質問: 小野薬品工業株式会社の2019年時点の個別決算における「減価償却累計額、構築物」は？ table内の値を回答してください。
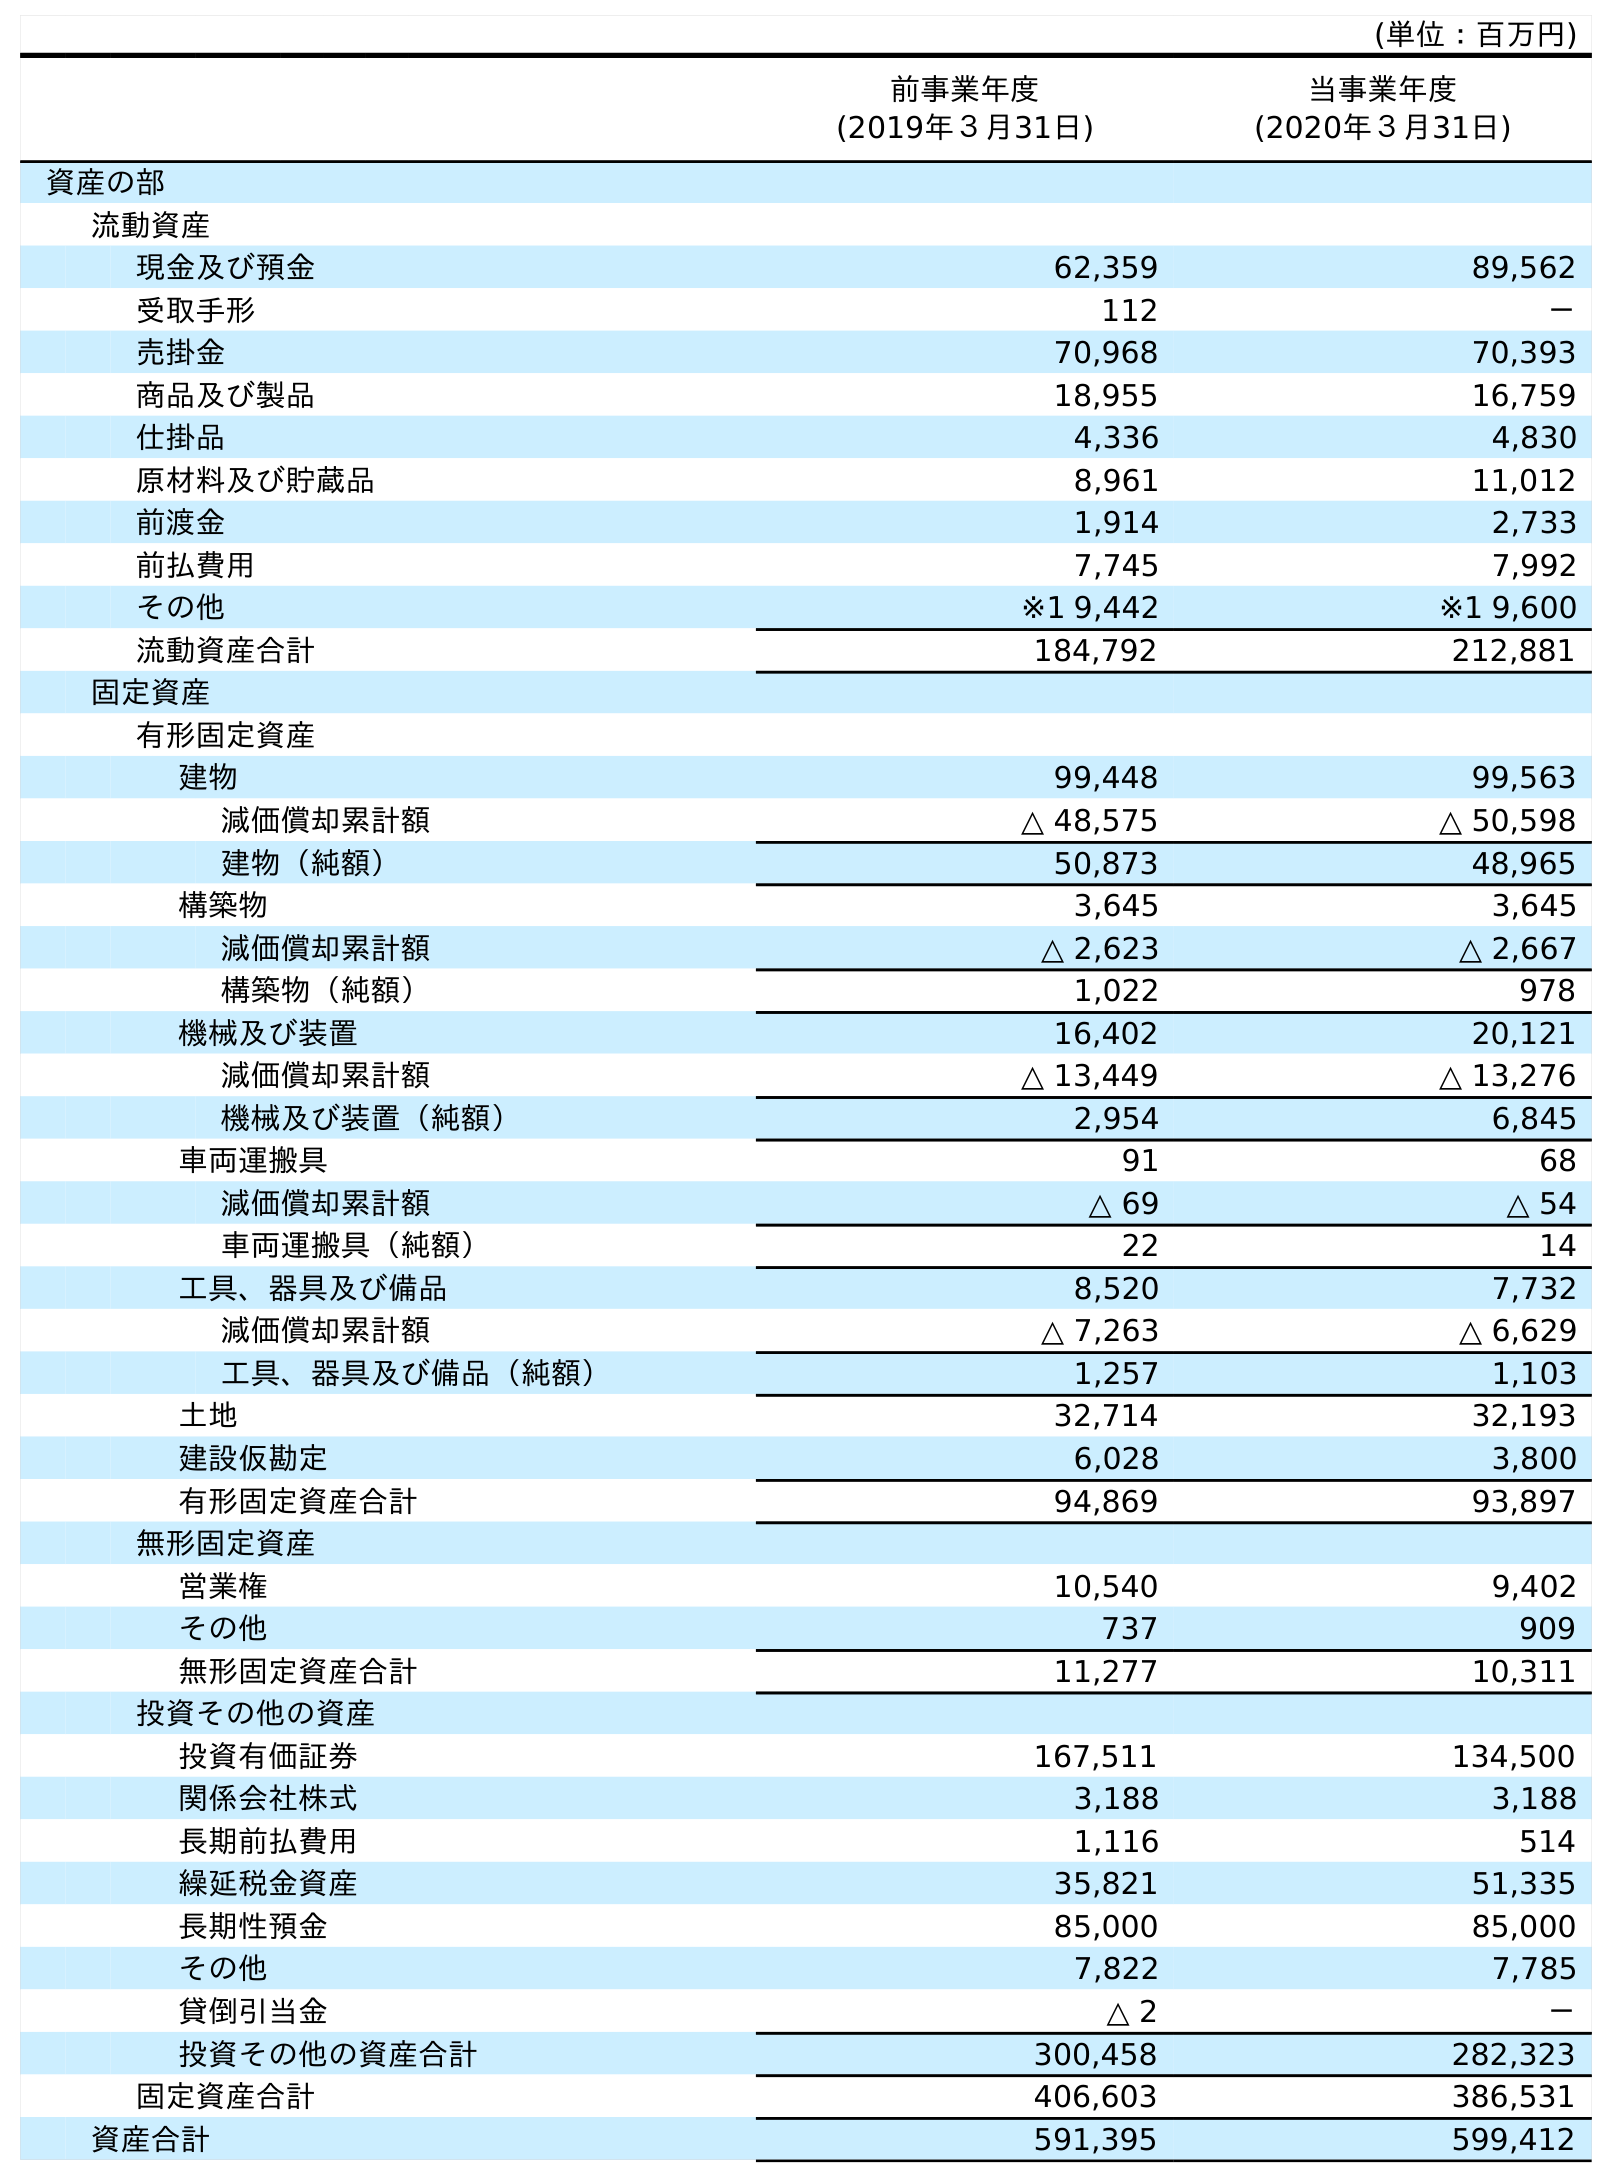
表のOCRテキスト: (単位：百万円) 前事業年度 (2019年３月31日) 当事業年度 (2020年３月31日) 資産の部 流動資産 現金及び預金 62,359 89,562 受取手形 112 － 売掛金 70,968 70,393 商品及び製品 18,955 16,759 仕掛品 4,336 4,830 原材料及び貯蔵品 8,961 11,012 前渡金 1,914 2,733 前払費用 7,745 7,992 その他 ※1 9,442 ※1 9,600 流動資産合計 184,792 212,881 固定資産 有形固定資産 建物 99,448 99,563 減価償却累計額 △ 48,575 △ 50,598 建物（純額） 50,873 48,965 構築物 3,645 3,645 減価償却累計額 △ 2,623 △ 2,667 構築物（純額） 1,022 978 機械及び装置 16,402 20,121 減価償却累計額 △ 13,449 △ 13,276 機械及び装置（純額） 2,954 6,845 車両運搬具 91 68 減価償却累計額 △ 69 △ 54 車両運搬具（純額） 22 14 工具、器具及び備品 8,520 7,732 減価償却累計額 △ 7,263 △ 6,629 工具、器具及び備品（純額） 1,257 1,103 土地 32,714 32,193 建設仮勘定 6,028 3,800 有形固定資産合計 94,869 93,897 無形固定資産 営業権 10,540 9,402 その他 737 909 無形固定資産合計 11,277 10,311 投資その他の資産 投資有価証券 167,511 134,500 関係会社株式 3,188 3,188 長期前払費用 1,116 514 繰延税金資産 35,821 51,335 長期性預金 85,000 85,000 その他 7,822 7,785 貸倒引当金 △ 2 － 投資その他の資産合計 300,458 282,323 固定資産合計 406,603 386,531 資産合計 591,395 599,412
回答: △2,623